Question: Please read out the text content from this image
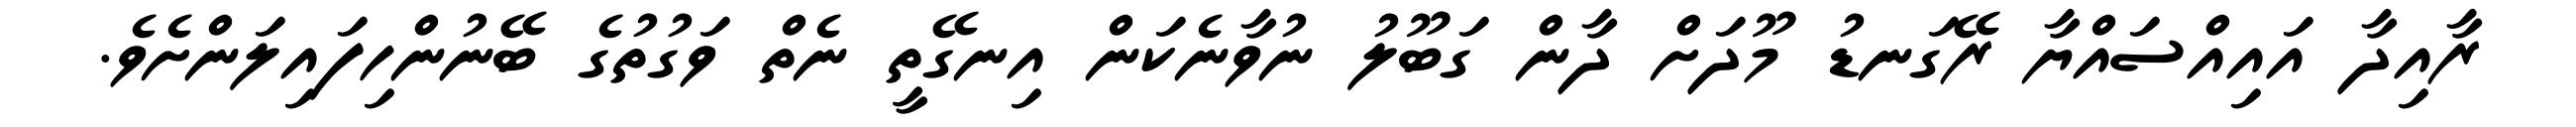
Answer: ރާއިދާ އައިއްސައްޔާ ރޭގަނޑު މޫދަށް ދާން ގަބޫލު ނުވާނެކަން އިނގޭތީ ނެތް ވަގުތުގެ ބޭނުންހިފައިލަންށެވެ.